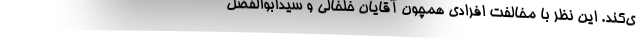
ی‌کند. این نظر با مخالفت افرادی همچون آقایان خلخالی و سیدابوالفضل